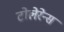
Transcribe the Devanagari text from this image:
टोलेरेन्स